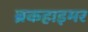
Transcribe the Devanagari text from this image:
ब्रकहाइमर